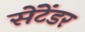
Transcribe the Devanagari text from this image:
सेंटेंडर